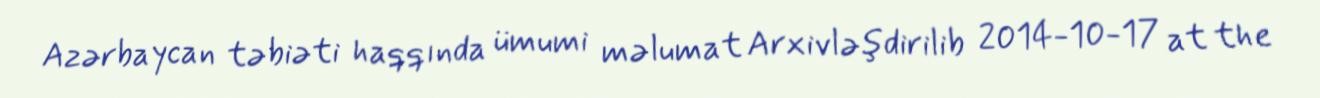
Azərbaycan təbiəti haqqında ümumi məlumat Arxivləşdirilib 2014-10-17 at the